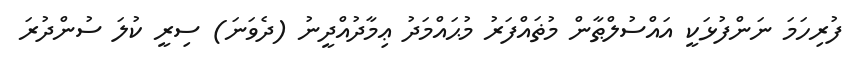
ފުރިހަމަ ނަންފުޅަކީ އައްސުލްޠާން މުޡައްފަރު މުޙައްމަދު ޢިމާދުއްދީނު (ދެވަނަ) ސިރީ ކުލަ ސުންދުރަ